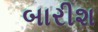
બારીશ